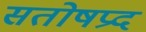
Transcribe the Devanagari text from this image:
सतोषप्रद